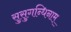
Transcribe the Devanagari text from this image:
सुसुगन्धिनाम्